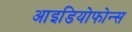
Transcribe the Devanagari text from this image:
आइडियोफोन्स